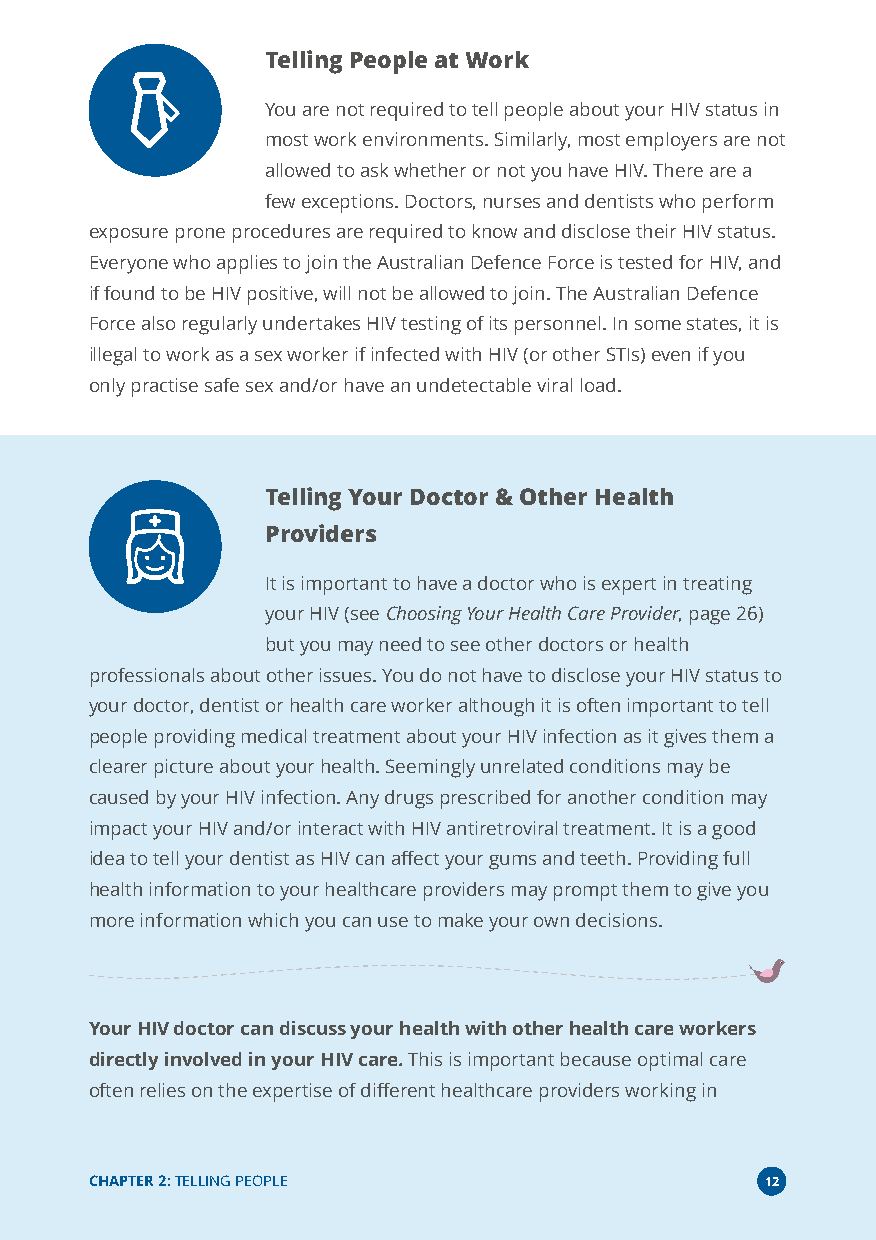
Telling People at Work
 You are not required to tell people about your HIV status in
 most work environments. Similarly, most employers are not
 allowed to ask whether or not you have HIV. There are a
 few exceptions. Doctors, nurses and dentists who perform
 exposure prone procedures are required to know and disclose their HIV status.
 Everyone who applies to join the Australian Defence Force is tested for HIV, and
 if found to be HIV positive, will not be allowed to join. The Australian Defence
 Force also regularly undertakes HIV testing of its personnel. In some states, it is
 illegal to work as a sex worker if infected with HIV (or other STIs) even if you
 only practise safe sex and/or have an undetectable viral load.
 Telling Your Doctor & Other Health
 Providers
 It is important to have a doctor who is expert in treating
 your HIV (seeChoosing Your Health Care Provider, page 26)
 but you may need to see other doctors or health
 professionals about other issues. You do not have to disclose your HIV status to
 your doctor, dentist or health care worker although it is often important to tell
 people providing medical treatment about your HIV infection as it gives them a
 clearer picture about your health. Seemingly unrelated conditions may be
 caused by your HIV infection. Any drugs prescribed for another condition may
 impact your HIV and/or interact with HIV antiretroviral treatment. It is a good
 idea to tell your dentist as HIV can affect your gums and teeth. Providing full
 health information to your healthcare providers may prompt them to give you
 more information which you can use to make your own decisions.
 Your HIV doctor can discuss your health with other health care workers
 directly involved in your HIV care.This is important because optimal care
 often relies on the expertise of different healthcare providers working in
 CHAPTER 2:TELLING PEOPLE                     12